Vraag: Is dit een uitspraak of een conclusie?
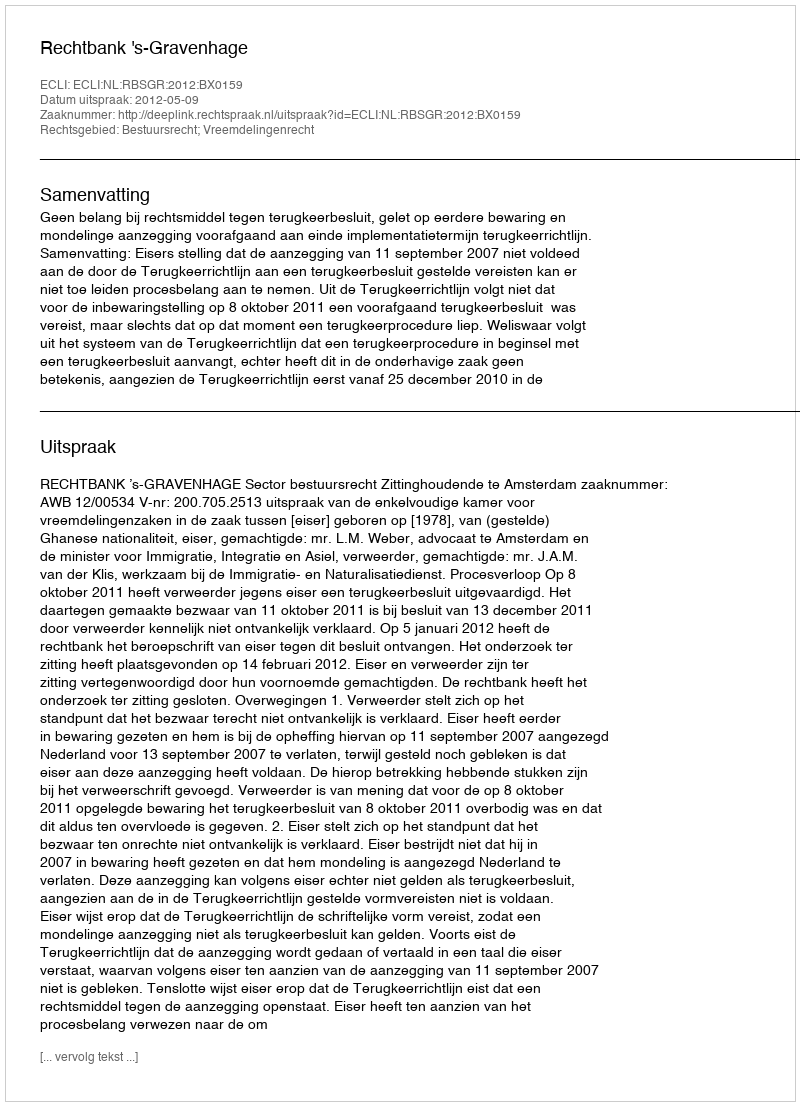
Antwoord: Uitspraak